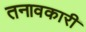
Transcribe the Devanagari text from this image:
तनावकारी